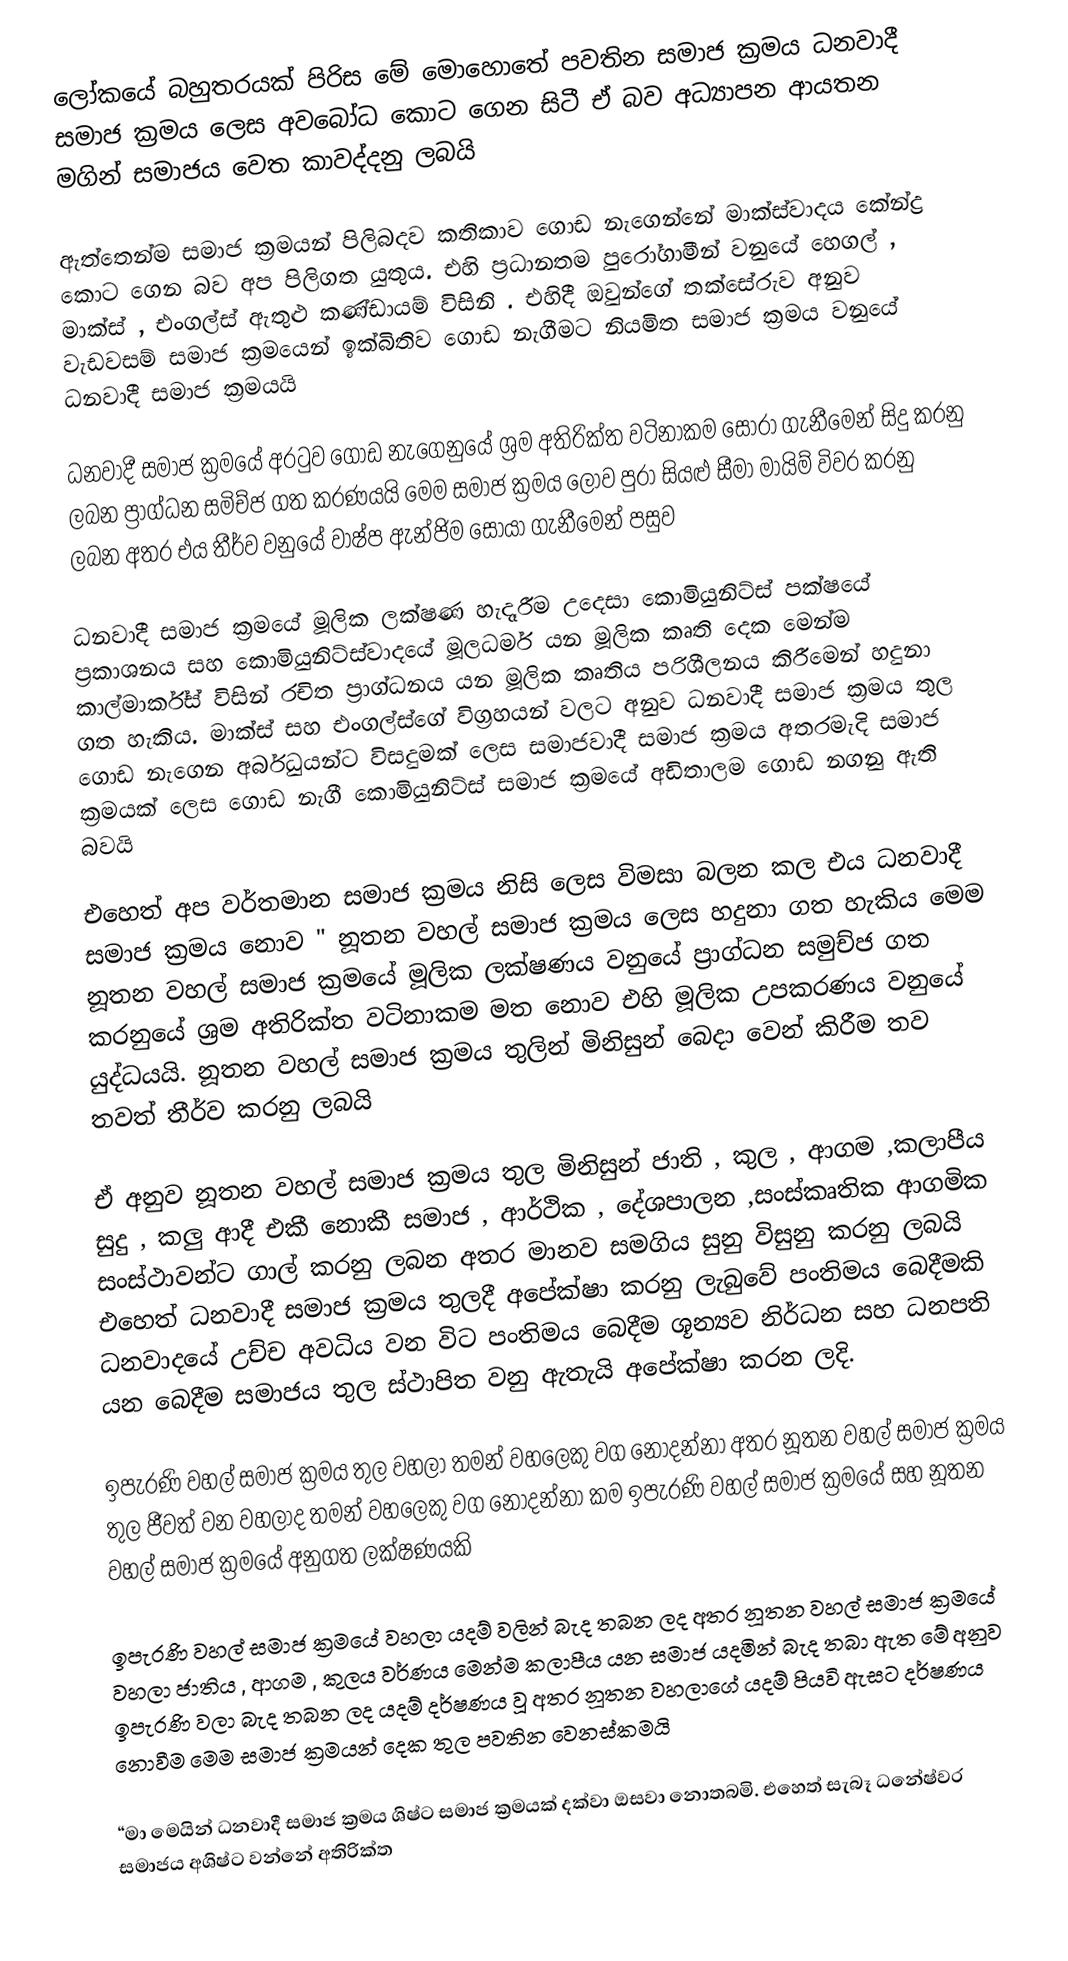
ලෝකයේ බහුතරයක් පිරිස මේ මොහොතේ පවතින සමාජ ක්‍රමය ධනවාදී සමාජ ක්‍රමය  ලෙස අවබෝධ කොට ගෙන සිටී ඒ බව අධ්‍යාපන ආයතන මගින්  සමාජය වෙත කාවද්දනු ලබයි

ඇත්තෙන්ම සමාජ ක්‍රමයන් පිලිබදව කතිකාව ගොඩ නැගෙන්නේ මාක්ස්වාදය කේන්ද්‍ර කොට ගෙන බව අප පිලිගත යුතුය. එහි ප්‍රධානතම පුරෝගාමීන් වනුයේ හෙගල් , මාක්ස් , එංගල්ස් ඇතුළු කණ්ඩායම් විසිනි . එහිදී ඔවුන්ගේ තක්සේරුව අනුව වැඩවසම් සමාජ ක්‍රමයෙන් ඉක්බිතිව ගොඩ නැගීමට නියමිත සමාජ ක්‍රමය වනුයේ ධනවාදී සමාජ ක්‍රමයයි

ධනවාදී සමාජ ක්‍රමයේ අරටුව ගොඩ නැගෙනුයේ ශ්‍රම අතිරික්ත වටිනාකම සොරා ගැනීමෙන් සිදු කරනු ලබන ප්‍රාග්ධන සමිච්ජ ගත කරණයයි මෙම සමාජ ක්‍රමය ලොව පුරා සියළු සීමා මායිම් විවර කරනු ලබන අතර එය තීර්ව වනුයේ වාෂ්ප ඇන්ජිම සොයා ගැනීමෙන් පසුව

ධනවාදී සමාජ ක්‍රමයේ මූලික ලක්ෂණ හැදෑරීම උදෙසා කොමියුනිට්ස් පක්ෂයේ ප්‍රකාශනය සහ කොමියුනිට්ස්වාදයේ මූලධර්ම යන මූලික කෘති දෙක මෙන්ම කාල්මාර්ක්ස් විසින් රචිත ප්‍රාග්ධනය යන මූලික කෘතිය පරිශීලනය කිරීමෙන් හදුනා ගත හැකිය. මාක්ස් සහ එංගල්ස්ගේ විග්‍රහයන් වලට අනුව ධනවාදී සමාජ ක්‍රමය තුල ගොඩ නැගෙන අර්බුධයන්ට විසදුමක් ලෙස සමාජවාදී සමාජ ක්‍රමය අතරමැදි සමාජ ක්‍රමයක් ලෙස ගොඩ නැගී කොමියුනිට්ස් සමාජ ක්‍රමයේ අඩිතාලම ගොඩ නගනු ඇති බවයි

එහෙත් අප වර්තමාන සමාජ ක්‍රමය නිසි ලෙස විමසා බලන කල එය ධනවාදී සමාජ ක්‍රමය නොව " නූතන වහල් සමාජ ක්‍රමය ලෙස හදුනා ගත හැකිය මෙම නූතන වහල් සමාජ ක්‍රමයේ මූලික ලක්ෂණය වනුයේ ප්‍රාග්ධන සමුච්ජ ගත කරනුයේ ශ්‍රම අතිරික්ත වටිනාකම මත නොව  එහි මූලික උපකරණය වනුයේ යුද්ධයයි. නූතන වහල් සමාජ ක්‍රමය තුලින් මිනිසුන් බෙදා වෙන් කිරීම තව තවත් තීර්ව කරනු ලබයි

ඒ අනුව නූතන වහල් සමාජ ක්‍රමය තුල මිනිසුන් ජාති , කුල , ආගම ,කලාපීය  සුදු , කලු  ආදී එකී නොකී සමාජ , ආර්ථික , දේශපාලන ,සංස්කෘතික ආගමික සංස්ථාවන්ට ගාල් කරනු ලබන අතර මානව සමගිය සුනු විසුනු කරනු ලබයි එහෙත් ධනවාදී සමාජ ක්‍රමය තුලදී අපේක්ෂා කරනු ලැබුවේ  පංතිමය බෙදීමකි ධනවාදයේ උච්ච අවධිය වන විට  පංතිමය බෙදීම ශූන්‍යව නිර්ධන සහ ධනපති යන බෙදීම සමාජය තුල ස්ථාපිත වනු ඇතැයි අපේක්ෂා කරන ලදි.

ඉපැරණි වහල් සමාජ ක්‍රමය තුල වහලා තමන් වහලෙකු වග නොදන්නා අතර නූතන වහල් සමාජ ක්‍රමය තුල ජීවත් වන වහලාද තමන් වහලෙකු වග නොදන්නා කම ඉපැරණි වහල් සමාජ ක්‍රමයේ සහ නූතන වහල් සමාජ ක්‍රමයේ අනුගත ලක්ෂණයකි

ඉපැරණි වහල් සමාජ ක්‍රමයේ වහලා යදම් වලින් බැද තබන ලද අතර නූතන වහල් සමාජ ක්‍රමයේ වහලා ජාතිය , ආගම , කුලය වර්ණය මෙන්ම කලාපීය යන සමාජ යදමින් බැද තබා ඇත මේ අනුව ඉපැරණි වලා බැද තබන ලද යදම් දර්ෂණය වූ අතර නූතන වහලාගේ යදම් පියවි ඇසට දර්ෂණය නොවීම මෙම සමාජ ක්‍රමයන් දෙක තුල පවතින වෙනස්කමයි

“මා මෙයින් ධනවාදී සමාජ ක්‍රමය ශිෂ්ට සමාජ ක්‍රමයක් දක්වා ඔසවා නොතබමි. එහෙත් සැබෑ ධනේෂ්වර සමාජය අශිෂ්ට වන්නේ අතිරික්ත